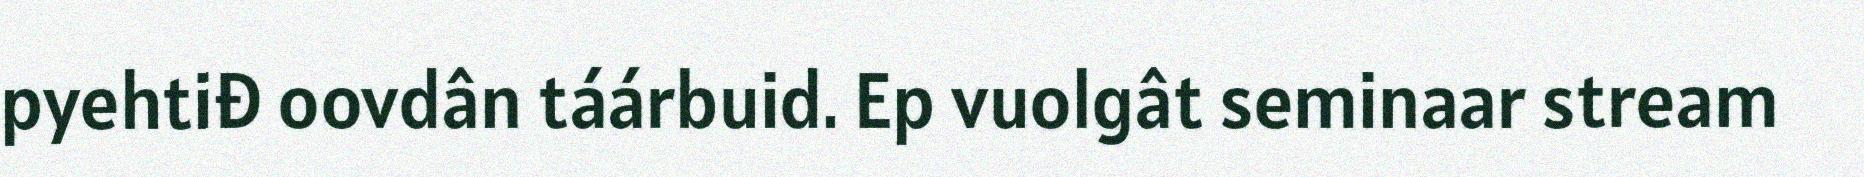
pyehtiđ oovdân táárbuid. Ep vuolgât seminaar stream